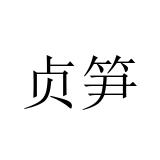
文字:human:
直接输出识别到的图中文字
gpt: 贞笋